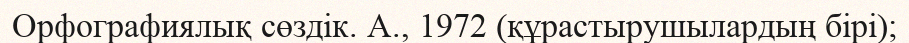
Орфографиялық сөздік. А., 1972 (құрастырушылардың бірі);